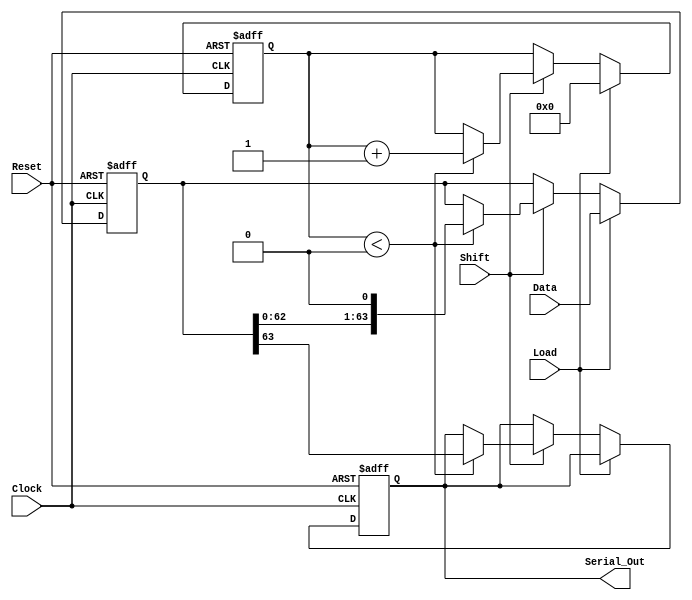
module PISO_64bit (
    input wire [63:0] Data,       // 64-bit parallel input
    input wire Load,              // Load control signal
    input wire Shift,             // Shift control signal
    input wire Clock,             // Clock signal
    input wire Reset,             // Asynchronous reset
    output reg Serial_Out         // Serial output
);

    reg [63:0] shift_reg;         // 64-bit shift register
    reg [5:0] shift_counter;      // 6-bit shift counter

    // Asynchronous reset
    always @(posedge Clock or posedge Reset) begin
        if (Reset) begin
            shift_reg <= 64'b0;    // Clear the shift register
            shift_counter <= 6'b0;  // Reset the shift counter
            Serial_Out <= 1'b0;     // Clear the serial output
        end else begin
            if (Load) begin
                shift_reg <= Data;  // Load data into the shift register
                shift_counter <= 6'b0; // Reset the counter on load
            end else if (Shift) begin
                if (shift_counter < 6'd64) begin
                    Serial_Out <= shift_reg[63]; // Output MSB
                    shift_reg <= {shift_reg[62:0], 1'b0}; // Shift left
                    shift_counter <= shift_counter + 1; // Increment counter
                end
            end
        end
    end

endmodule